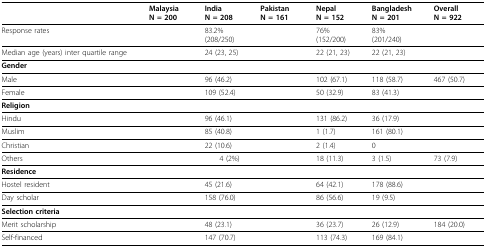
<table><thead><tr><td>[EMPTY_CELL]</td><td><b>MalaysiaN = 200</b></td><td><b>IndiaN = 208</b></td><td><b>PakistanN = 161</b></td><td><b>NepalN = 152</b></td><td><b>BangladeshN = 201</b></td><td><b>OverallN = 922</b></td></tr></thead><tbody><tr><td>Response rates</td><td>[EMPTY_CELL]</td><td>83.2%(208/250)</td><td>[EMPTY_CELL]</td><td>76%(152/200)</td><td>83%(201/240)</td><td>[EMPTY_CELL]</td></tr><tr><td>Median age (years) inter quartile range</td><td>[EMPTY_CELL]</td><td>24 (23, 25)</td><td>[EMPTY_CELL]</td><td>22 (21, 23)</td><td>22 (21, 23)</td><td>[EMPTY_CELL]</td></tr><tr><td><b>Gender</b></td><td>[EMPTY_CELL]</td><td>[EMPTY_CELL]</td><td>[EMPTY_CELL]</td><td>[EMPTY_CELL]</td><td>[EMPTY_CELL]</td><td>[EMPTY_CELL]</td></tr><tr><td>Male</td><td>[EMPTY_CELL]</td><td>96 (46.2)</td><td>[EMPTY_CELL]</td><td>102 (67.1)</td><td>118 (58.7)</td><td>467 (50.7)</td></tr><tr><td>Female</td><td>[EMPTY_CELL]</td><td>109 (52.4)</td><td>[EMPTY_CELL]</td><td>50 (32.9)</td><td>83 (41.3)</td><td>[EMPTY_CELL]</td></tr><tr><td><b>Religion</b></td><td>[EMPTY_CELL]</td><td>[EMPTY_CELL]</td><td>[EMPTY_CELL]</td><td>[EMPTY_CELL]</td><td>[EMPTY_CELL]</td><td>[EMPTY_CELL]</td></tr><tr><td>Hindu</td><td>[EMPTY_CELL]</td><td>96 (46.1)</td><td>[EMPTY_CELL]</td><td>131 (86.2)</td><td>36 (17.9)</td><td>[EMPTY_CELL]</td></tr><tr><td>Muslim</td><td>[EMPTY_CELL]</td><td>85 (40.8)</td><td>[EMPTY_CELL]</td><td>1 (1.7)</td><td>161 (80.1)</td><td>[EMPTY_CELL]</td></tr><tr><td>Christian</td><td>[EMPTY_CELL]</td><td>22 (10.6)</td><td>[EMPTY_CELL]</td><td>2 (1.4)</td><td>0</td><td>[EMPTY_CELL]</td></tr><tr><td>Others</td><td>[EMPTY_CELL]</td><td>4 (2%)</td><td>[EMPTY_CELL]</td><td>18 (11.3)</td><td>3 (1.5)</td><td>73 (7.9)</td></tr><tr><td><b>Residence</b></td><td>[EMPTY_CELL]</td><td>[EMPTY_CELL]</td><td>[EMPTY_CELL]</td><td>[EMPTY_CELL]</td><td>[EMPTY_CELL]</td><td>[EMPTY_CELL]</td></tr><tr><td>Hostel resident</td><td>[EMPTY_CELL]</td><td>45 (21.6)</td><td>[EMPTY_CELL]</td><td>64 (42.1)</td><td>178 (88.6)</td><td>[EMPTY_CELL]</td></tr><tr><td>Day scholar</td><td>[EMPTY_CELL]</td><td>158 (76.0)</td><td>[EMPTY_CELL]</td><td>86 (56.6)</td><td>19 (9.5)</td><td>[EMPTY_CELL]</td></tr><tr><td><b>Selection criteria</b></td><td>[EMPTY_CELL]</td><td>[EMPTY_CELL]</td><td>[EMPTY_CELL]</td><td>[EMPTY_CELL]</td><td>[EMPTY_CELL]</td><td>[EMPTY_CELL]</td></tr><tr><td>Merit scholarship</td><td>[EMPTY_CELL]</td><td>48 (23.1)</td><td>[EMPTY_CELL]</td><td>36 (23.7)</td><td>26 (12.9)</td><td>184 (20.0)</td></tr><tr><td>Self-financed</td><td>[EMPTY_CELL]</td><td>147 (70.7)</td><td>[EMPTY_CELL]</td><td>113 (74.3)</td><td>169 (84.1)</td><td>[EMPTY_CELL]</td></tr></tbody></table>